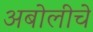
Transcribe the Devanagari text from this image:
अबोलीचे